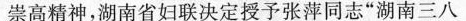
崇高精神，湖南省妇联决定授予张萍同志”湖南三八